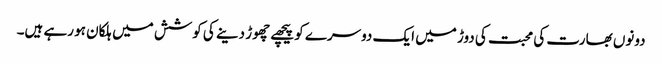
دونوں بھارت کی محبت کی دوڑ میں ایک دوسرے کو پیچھے چھوڑ دینے کی کوشش میں ہلکان ہو رہے ہیں۔